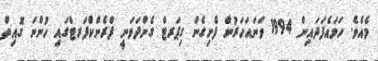
މެއެވެ. ހަމައެފަދައިން 1994 ވަނައަހަރުން ފެށިގެން ގިޕަރޓް ގެންދަވަނީ ފްރެންކްފަރޓްގައި ހުންނަ ގޮއިތް